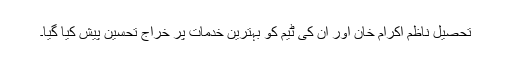
تحصیل ناظم اکرام خان اور ان کی ٹیم کو بہترین خدمات پر خراج تحسین پیش کیا گیا۔